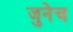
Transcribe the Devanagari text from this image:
जुनेच